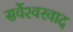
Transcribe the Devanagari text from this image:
सर्वेश्‍वरवाद